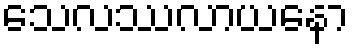
သေလဿလာယနော